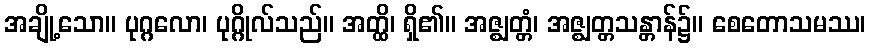
အချို့သော။ ပုဂ္ဂလော၊ ပုဂ္ဂိုလ်သည်။ အတ္ထိ၊ ရှိ၏။ အဇ္ဈတ္တံ၊ အဇ္ဈတ္တသန္တာန်၌။ စေတောသမဿ၊